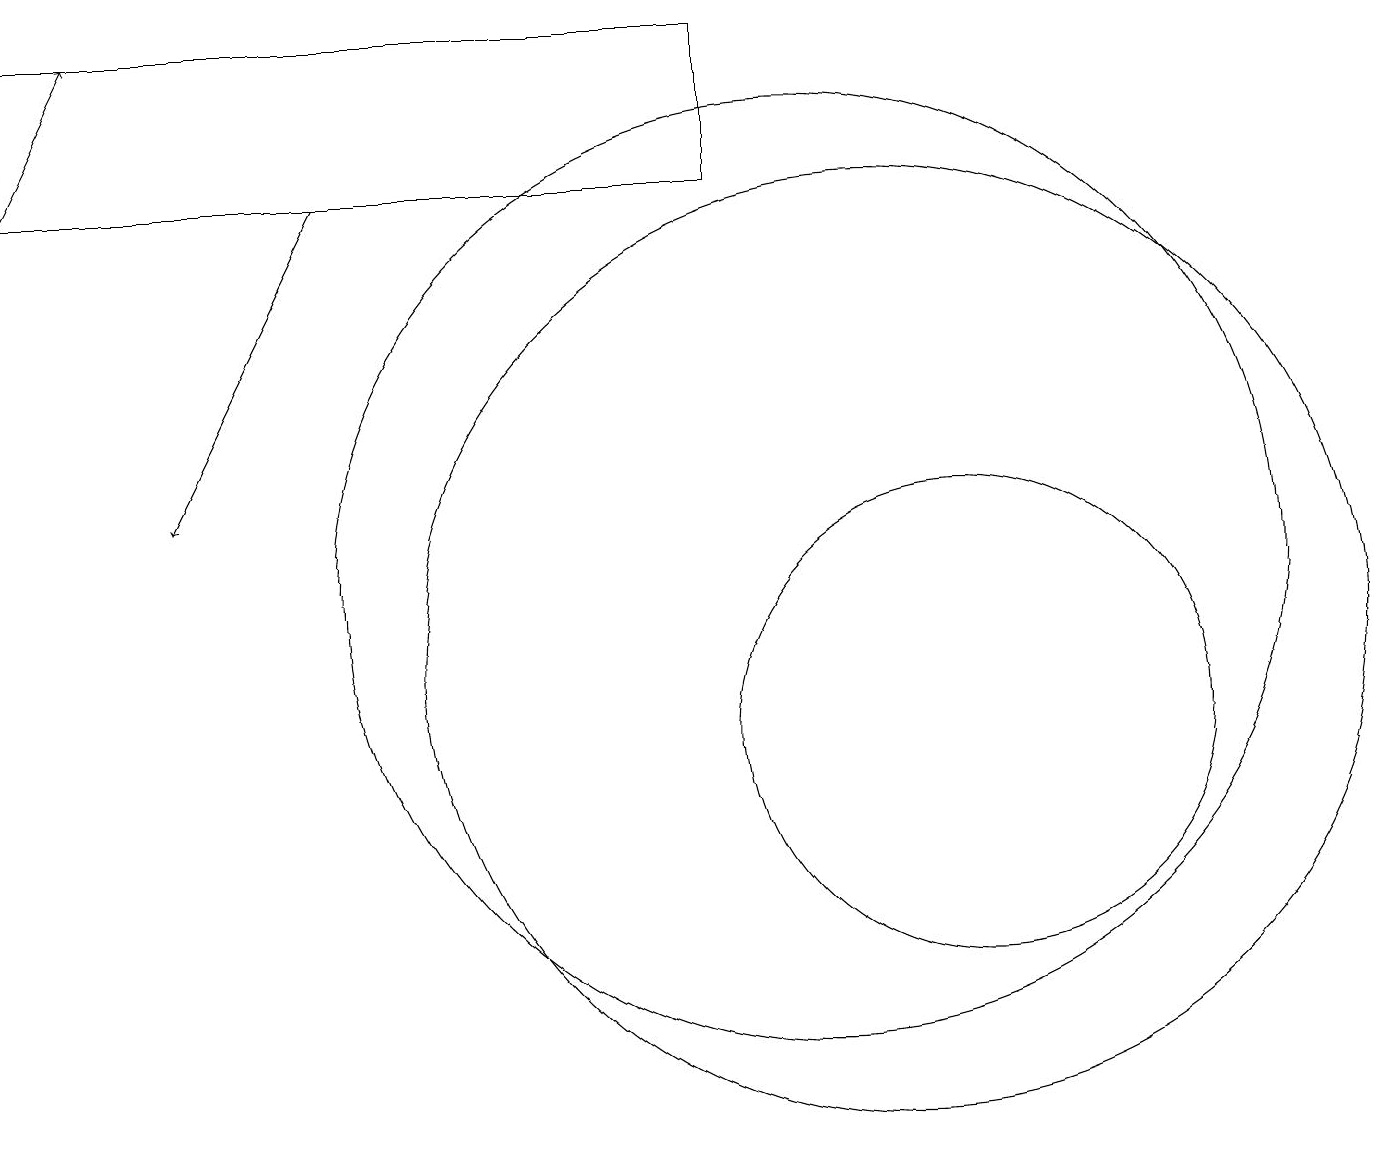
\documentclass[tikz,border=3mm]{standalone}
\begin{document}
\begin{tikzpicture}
\draw[->] (4,17) -- (2,13);
\draw (12,10) circle (3);
\draw (10,12) circle (6);
\draw (9,17) rectangle (0,19);
\draw[->] (0,17) -- (1,19);
\draw (11,11) circle (6);
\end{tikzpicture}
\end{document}